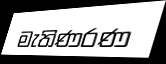
මැතිණරණ